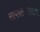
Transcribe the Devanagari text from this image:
सायबरवातावरण